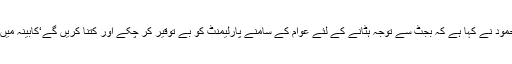
اجلاس کے دوران مولانا اسعد محمود نے کہا ہے کہ بجٹ سے توجہ ہٹانے کے لئے عوام کے سامنے پارلیمنٹ کو بے توقیر کر چکے اور کتنا کریں گے‘کابینہ میں پٹرول ،آٹا چینی چور بیٹھے ہیں۔